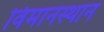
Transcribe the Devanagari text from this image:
विमानस्थान